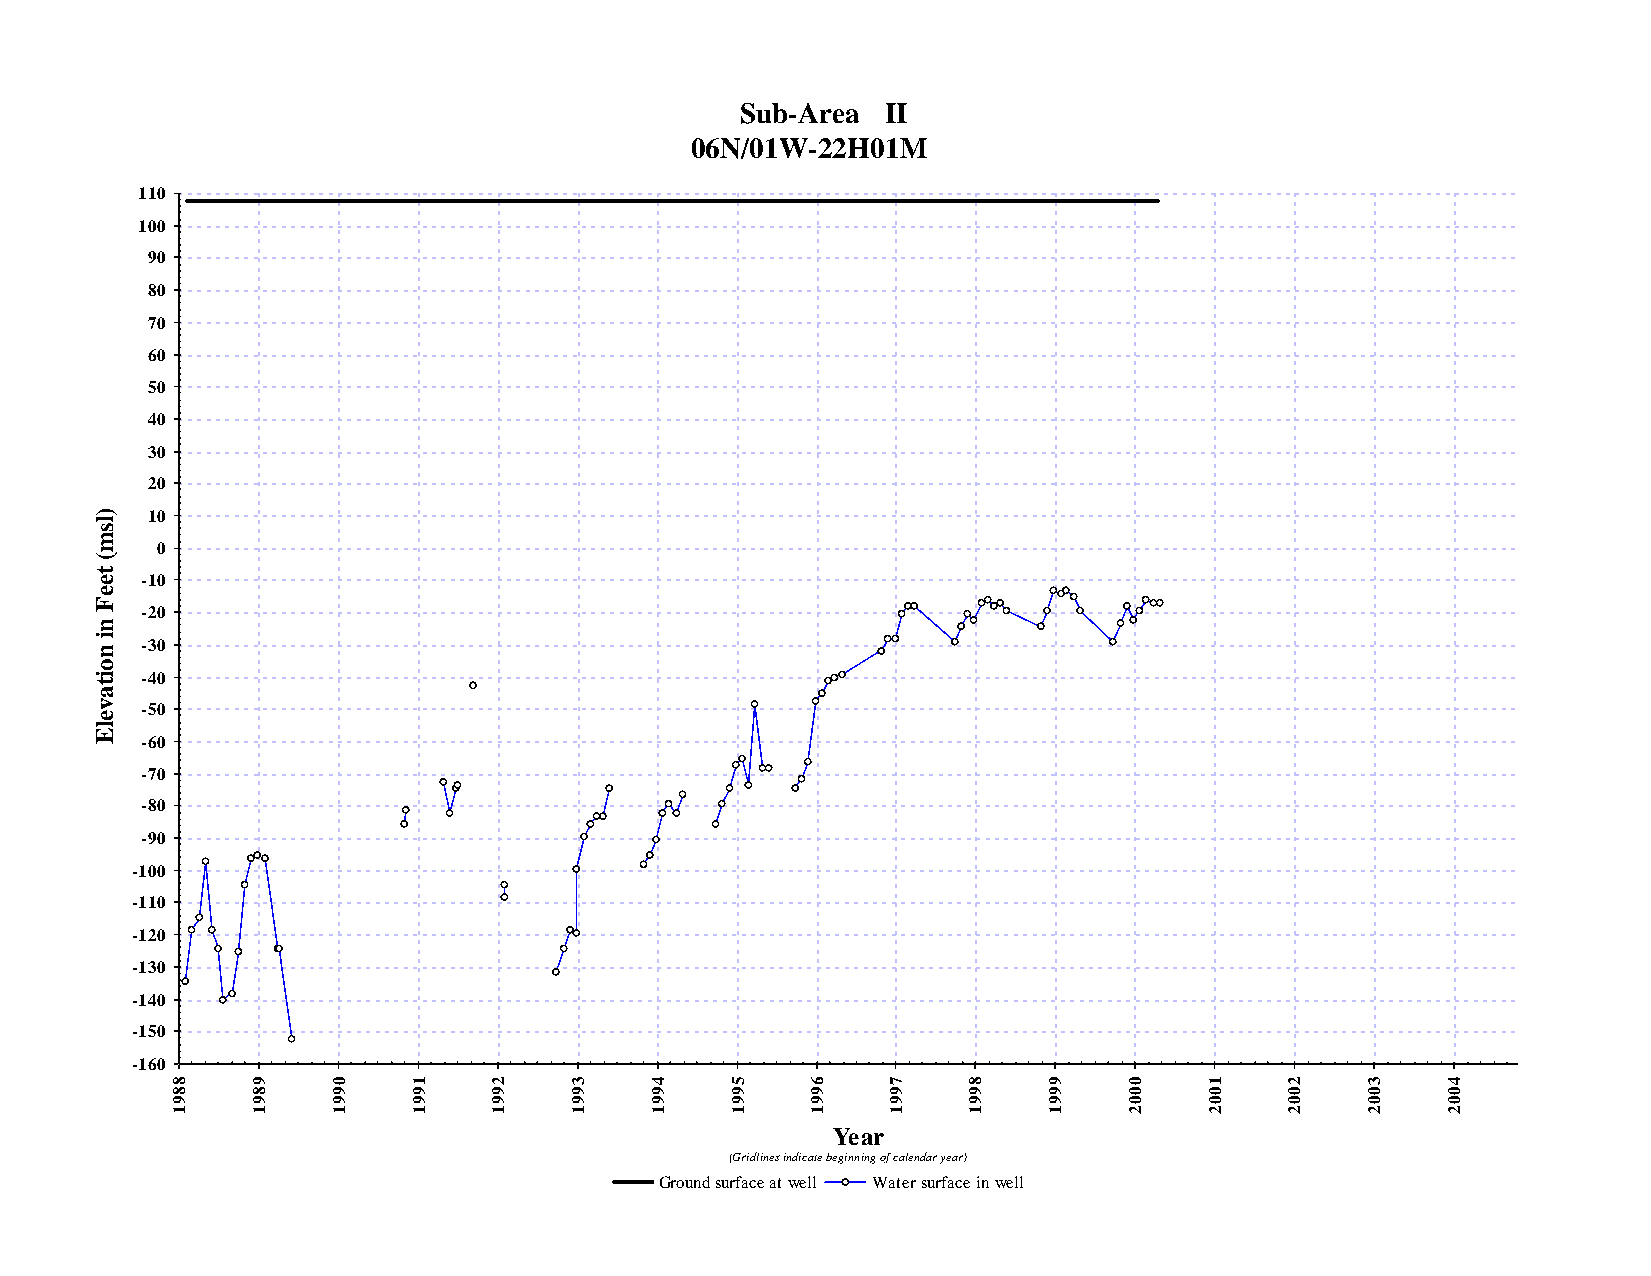
Sub-Area  II
 06N/01W-22H01M
 110
 100
 90
 80
 70
 60
 50
 40
 30
 20
 )   10
 l
 s
 m
 0
 (
 t
 e  -10
 e
 F
 -20
 n
 i
 -30
 n
 o
 i  -40
 t
 a
 v  -50
 e
 l
 E
 -60
 -70
 -80
 -90
 -100
 -110
 -120
 -130
 -140
 -150
 -160
 8     9    0    1    2     3    4    5     6    7    8    9     0    1    2    3     4    5
 8     8    9    9    9     9    9    9     9    9    9    9     0    0    0    0     0    0
 9     9    9    9    9     9    9    9     9    9    9    9     0    0    0    0     0    0
 1     1    1    1    1     1    1    1     1    1    1    1     2    2    2    2     2    2
 Year
 (Gridlines indicate beginning of calendar year)
 Ground surface at well Water surface in well